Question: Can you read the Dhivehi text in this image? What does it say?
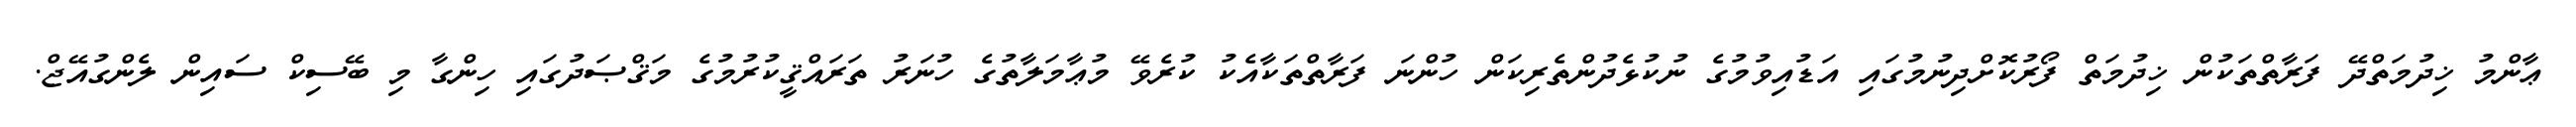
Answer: ޢާންމު ޚިދުމަތްދޭ ފަރާތްތަކުން ޚިދުމަތް ފޯރުކޮށްދިނުމުގައި އަޑުއިވުމުގެ ނުކުޅެދުންތެރިކަން ހުންނަ ފަރާތްތަކާއެކު ކުރެވޭ މުޢާމަލާތުގެ ހުނަރު ތަރައްޤީކުރުމުގެ މަޤްޞަދުގައި ހިންގާ މި ބޭސިކް ސައިން ލެންގުއޭޖް.